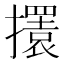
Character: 𢸃